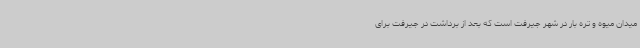
میدان میوه و تره بار در شهر جیرفت است که بعد از برداشت در جیرفت برای